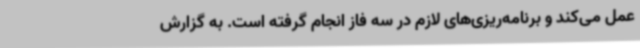
عمل می‌کند و برنامه‌ریزی‌های لازم در سه فاز انجام گرفته است. به گزارش